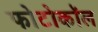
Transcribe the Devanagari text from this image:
फोटोकॉल